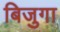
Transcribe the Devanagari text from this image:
बिजुगा